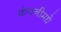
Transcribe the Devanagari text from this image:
कंपनीमधे